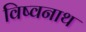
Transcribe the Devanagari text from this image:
विष्वनाथ